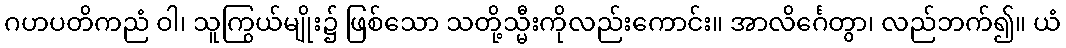
ဂဟပတိကညံ ဝါ၊ သူကြွယ်မျိုး၌ ဖြစ်သော သတို့သ္မီးကိုလည်းကောင်း။ အာလိင်္ဂေတွာ၊ လည်ဘက်၍။ ယံ